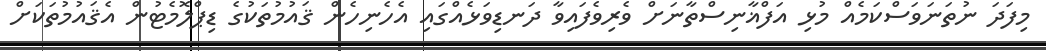
މިފަދަ ނުތަނަވަސްކަމެއް މުޅި އަފްޣާނިސްތާނަށް ވެރިވެފައިވާ ދަނޑިވަޅެއްގައި އެހެނިހެން ޤައުމުތަކުގެ ޑިޕްލޮމެޓުން އެޤައުމުތަކަށް